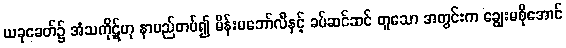
ယခုခေတ်၌ အံသကိုဋ်ဟု နာမည်တပ်၍ မိန်းမဘော်လီနှင့် ခပ်ဆင်ဆင် တူသော အတွင်းက ချွေးမစိုအောင်